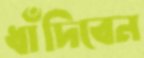
ধাঁদিবেন